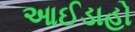
આઈડાહો